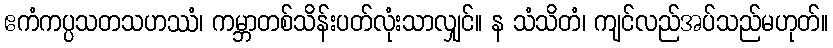
ဧကံကပ္ပသတသဟဿံ၊ ကမ္ဘာတစ်သိန်းပတ်လုံးသာလျှင်။ န သံသိတံ၊ ကျင်လည်အပ်သည်မဟုတ်။